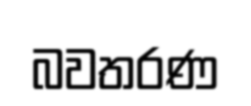
බවතරණ